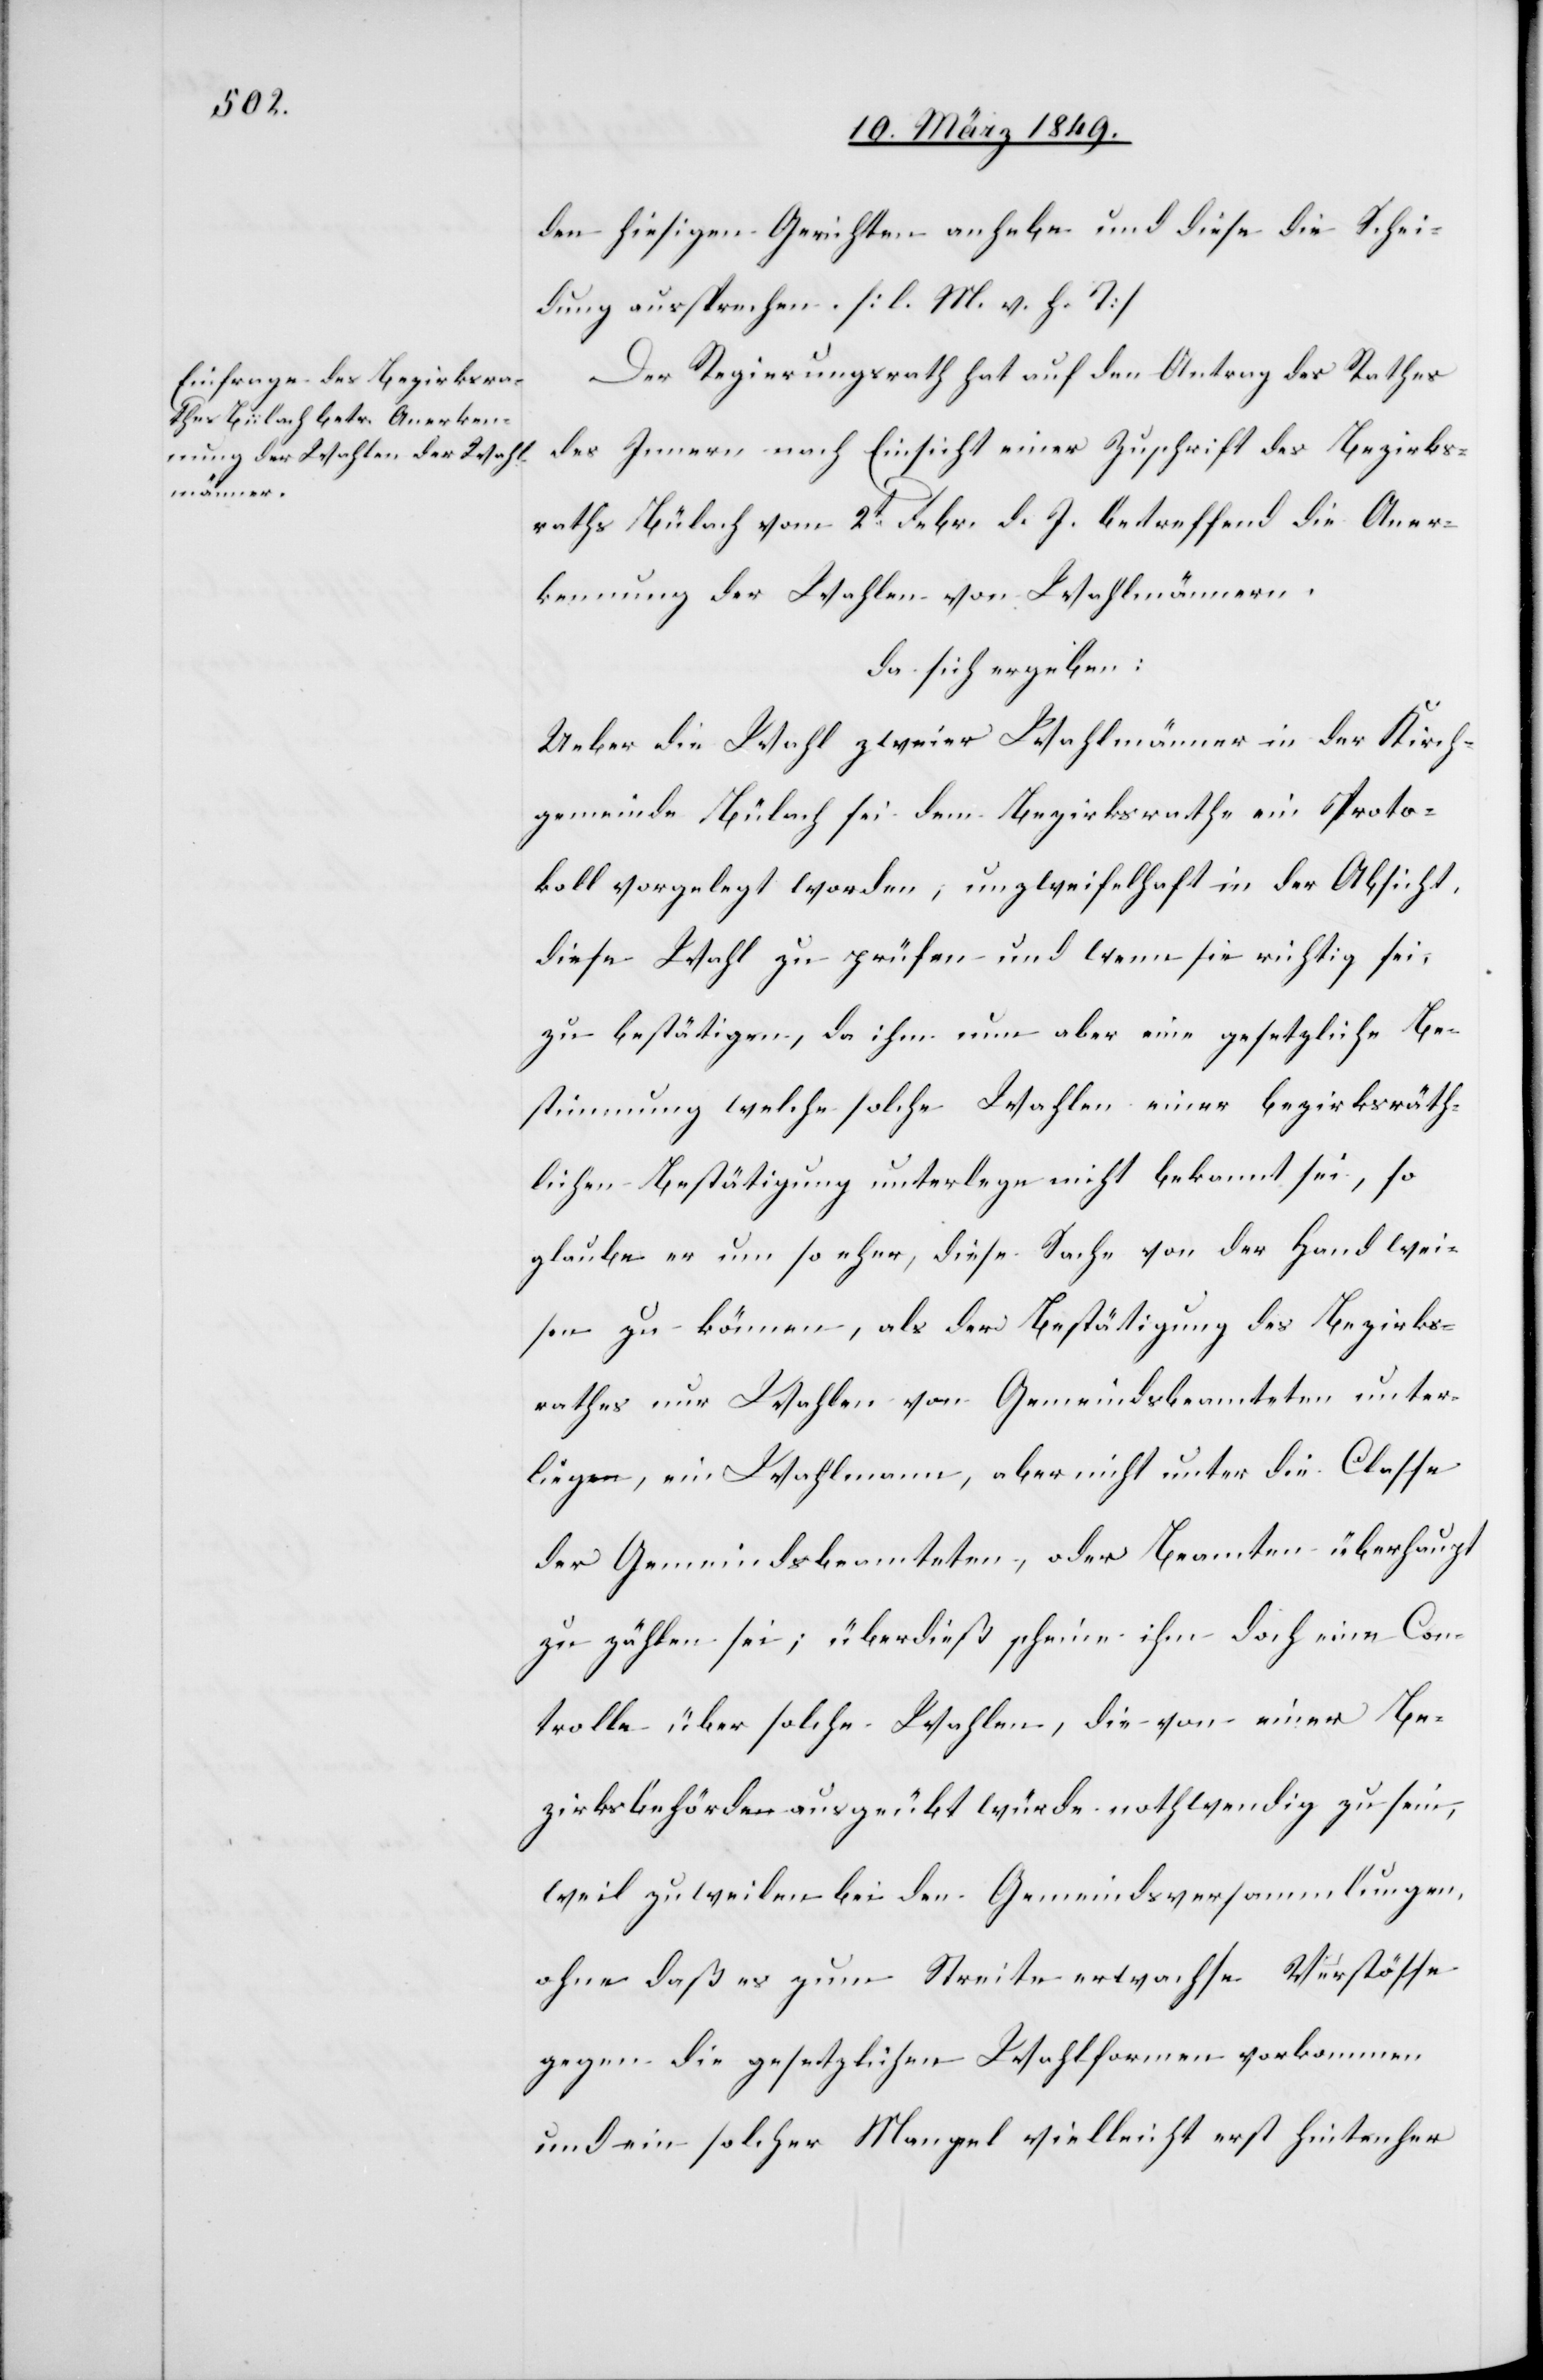
den hiesigen Gerichten anhebe und diese die Schei¬
dung aussprechen. [l. M. v. h. T]
Der Regierungsrath hat auf den Antrag des Rathes
des Innern nach Einsicht einer Zuschrift des Bezirks¬
raths Bülach vom 2t. Febr. d. J. betreffend die Aner¬
kennung der Wahlen von Wahlmännern,
da sich ergeben:
Ueber die Wahl zweier Wahlmänner in der Kirch¬
gemeinde Bülach sei dem Bezirksrathe ein Proto¬
koll vorgelegt worden; unzweifelhaft in der Absicht,
diese Wahl zu prüfen und wenn sie richtig sei,
zu bestätigen, da ihm nun aber eine gesetzliche Be¬
stimmung welche solche Wahlen einer bezirksräth¬
lichen Bestätigung unterlege nicht bekannt sei, so
glaube er um so eher, diese Sache von der Hand wei¬
sen zu können, als der Bestätigung des Bezirks¬
rathes nur Wahlen von Gemeindsbeamteten unter¬
liegen, ein Wahlmann, aber nicht unter die Classe
der Gemeindsbeamteten, oder Beamten überhaupt
zu zählen sei; überdieß scheine ihm doch eine Con¬
trolle über solche Wahlen, die von einer Be¬
zirksbehörde ausgeübt würde nothwendig zu sein,
weil zuweilen bei den Gemeindsversammlungen,
ohne daß es zum Streite erwachse Verstösse
gegen die gesetzlichen Wahlformen vorkommen
und ein solcher Mangel vielleicht erst hinterher